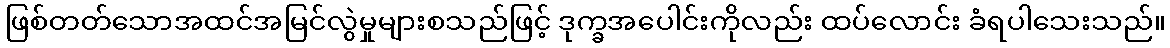
ဖြစ်တတ်သောအထင်အမြင်လွဲမှုများစသည်ဖြင့် ဒုက္ခအပေါင်းကိုလည်း ထပ်လောင်း ခံရပါသေးသည်။